Leaving Certificate Examination (including Day School Certificate (Higher) General paper), 1937
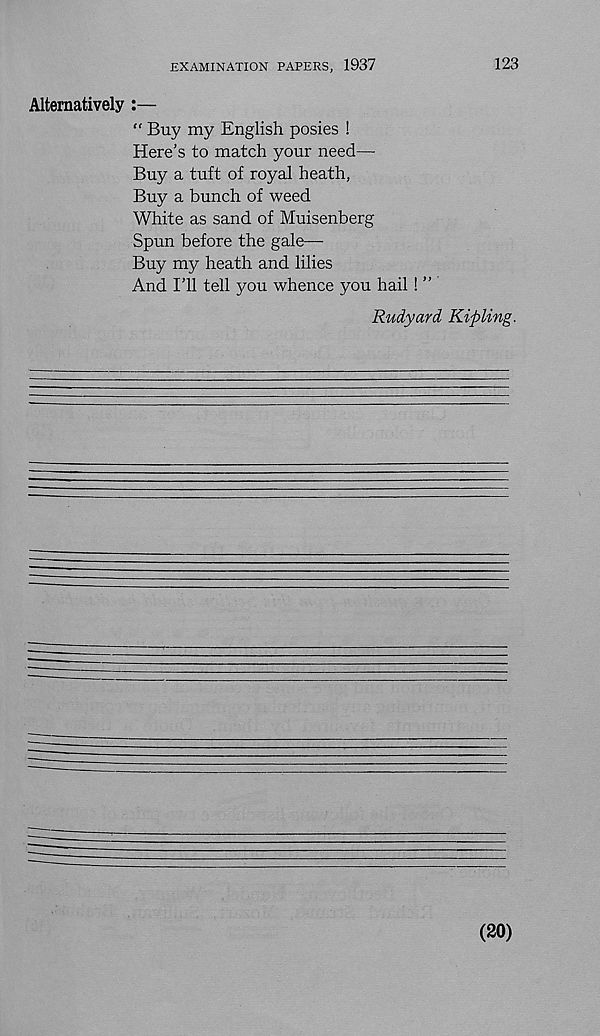
EXAMINATION PAPERS, 1937
123
Alternatively :—
" Buy my English posies !
Here's to match your need—
Buy a tuft of royal heath,
Buy a bunch of weed
White as sand of Muisenberg
Spun before the gale—-
Buy my heath and lilies
And I’ll tell you whence you hail! ”
Rudyard Kipling.
(20)